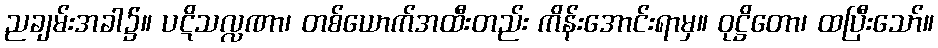
ညချမ်းအခါ၌။ ပဋိသလ္လဏာ၊ တစ်ယောက်အထီးတည်း ကိန်းအောင်းရာမှ။ ဝုဋ္ဌိတော၊ ထပြီးသော်။